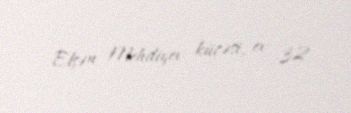
Elşən Mehdiyev küçəsi, ev 32